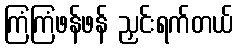
ကြံကြံဖန်ဖန် ညှင်းရက်တယ်